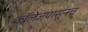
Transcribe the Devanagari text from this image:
कॉलेजपासूनच